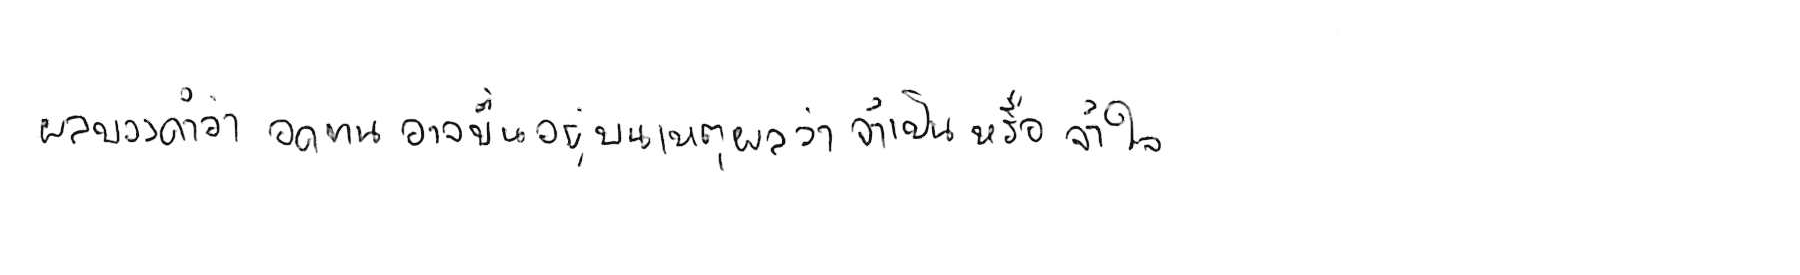
ผลของคำว่า อดทน อาจขึ้นอยู่บนเหตุผลว่า จำเป็น หรือ จำใจ